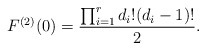
\begin{align*}F^{(2)}(0)=\frac{\prod_{i=1}^r d_i!(d_i-1)!}{2}.\end{align*}